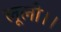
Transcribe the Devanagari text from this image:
लूलो।।